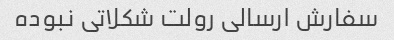
سفارش ارسالی رولت شکلاتی نبوده